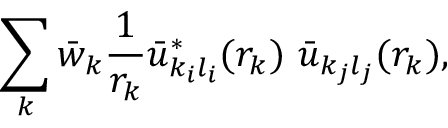
\sum _ { k } \bar { w } _ { k } \frac { 1 } { r _ { k } } \bar { u } _ { k _ { i } l _ { i } } ^ { * } ( r _ { k } ) \, \, \bar { u } _ { k _ { j } l _ { j } } ( r _ { k } ) ,